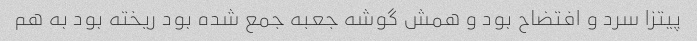
پیتزا سرد و افتضاح بود و همش گوشه جعبه جمع شده بود ریخته بود به هم